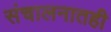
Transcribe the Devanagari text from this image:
संचालनातही